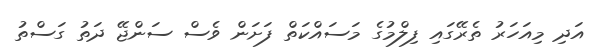
އަދި މިއަހަރު ތެރޭގައި ފިލްމުގެ މަސައްކަތް ފަށަން ވެސް ސަންޖޭ ދަތު ގަސްތު